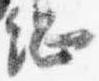
綱